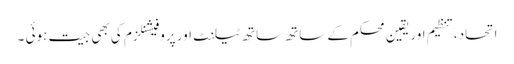
اتحاد،تنظیم اور یقین محکم کے ساتھ ساتھ ٹیلنٹ اور پروفیشنلزم کی بھی جیت ہوئی ۔